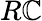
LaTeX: R\mathbb{C}